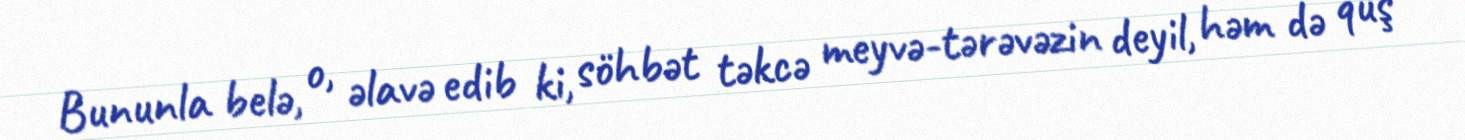
Bununla belə, o, əlavə edib ki, söhbət təkcə meyvə-tərəvəzin deyil, həm də quş